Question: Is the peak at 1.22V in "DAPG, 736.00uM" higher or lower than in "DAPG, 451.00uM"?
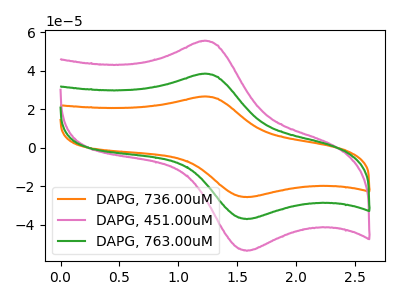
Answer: <think>The orange curve "DAPG, 736.00uM" has an anodic peak at (1.20V, 26.65uA) and a cathodic peak at (1.60V, -25.70uA). The pink curve "DAPG, 451.00uM" has an anodic peak at (1.20V, 76.95uA) and a cathodic peak at (1.60V, -74.20uA). The green curve "DAPG, 763.00uM" has an anodic peak at (1.20V, 38.50uA) and a cathodic peak at (1.60V, -37.10uA).</think>
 <answer>The peak at 1.22V is lower in "DAPG, 736.00uM" than in "DAPG, 451.00uM".</answer>
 <eval>lower</eval>